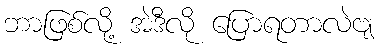
ဘာဖြစ်လို့ အဲဒီလို ပြောရတာလဲဗျ